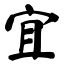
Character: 宜